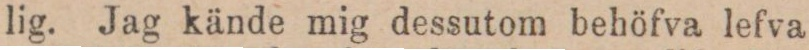
lig. Jag kände mig dessutom behöfva lefva